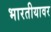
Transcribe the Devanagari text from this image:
भारतीयावर